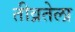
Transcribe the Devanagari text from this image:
तीव्रतेला